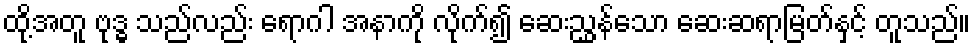
ထို့အတူ ဗုဒ္ဓ သည်လည်း ရောဂါ အနာကို လိုက်၍ ဆေးညွှန်သော ဆေးဆရာမြတ်နှင့် တူသည်။